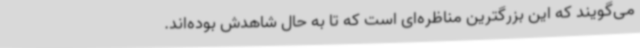
می‌گویند که این بزرگترین مناظره‌ای است که تا به حال شاهدش بوده‌اند.